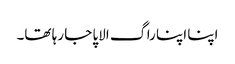
اپنا اپنا راگ الاپا جا رہا تھا۔